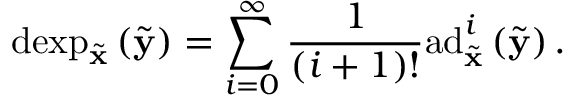
\mathrm { d e x p } _ { \tilde { \mathbf { x } } } \left( \tilde { \mathbf { y } } \right) = \sum _ { i = 0 } ^ { \infty } \frac { 1 } { \left( i + 1 \right) ! } \mathrm { a d } _ { \tilde { \mathbf { x } } } ^ { i } \left( \tilde { \mathbf { y } } \right) .